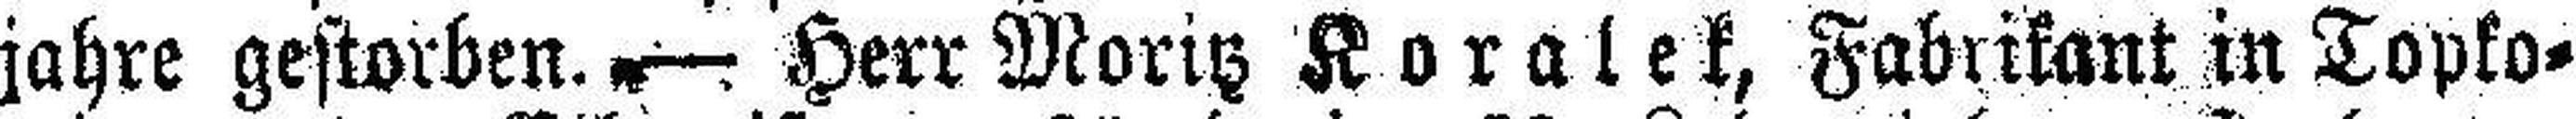
jahre gestorben.— Herr Moritz Koralek, Fabrikant in Topko¬